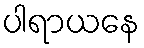
ပါရာယနေ